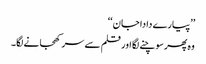
’’پیارے دادا جان‘‘
وہ پھر سوچنے لگا اور قلم سے سر کھجانے لگا۔